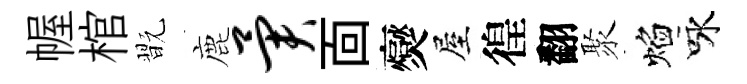
幄棺翫鹿异靣爕屋徨翻聚焰咏